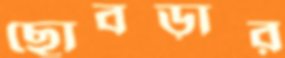
ছোবড়ার